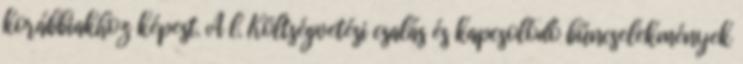
korábbiakhoz képest. A l. Költségvetési csalás és kapcsolódó bűncselekmények